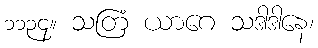
၁၁၃၄။ သတြံ ယာဂေ သဒါဒါနေ၊